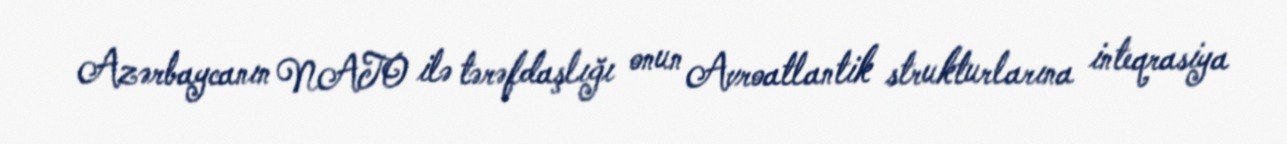
Azərbaycanın NATO ilə tərəfdaşlığı onun Avroatlantik strukturlarına inteqrasiya